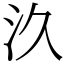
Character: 汣